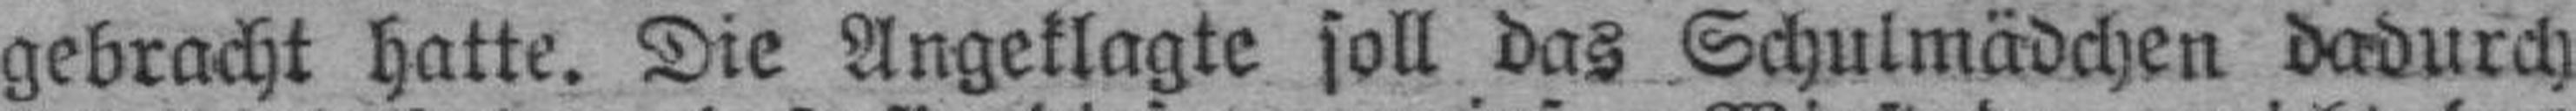
gebracht hatte. Die Angeklagte soll das Schulmädchen dadurch